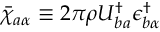
\bar { \chi } _ { a \alpha } \equiv 2 \pi \rho U _ { b a } ^ { \dagger } \epsilon _ { b \alpha } ^ { \dagger }